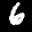
Label: 6